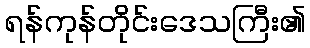
ရန်ကုန်တိုင်းဒေသကြီး၏